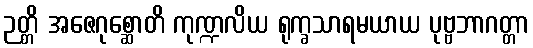
ဉတ္တိ အဇေဂုစ္ဆောတိ ကုဏ္ဍလိယ ရုက္ခသာရမယာယ ပုဗ္ဗဘာဂတ္တာ